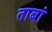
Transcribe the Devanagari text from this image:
ताबां